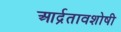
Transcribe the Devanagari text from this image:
आर्द्रतावशोषी